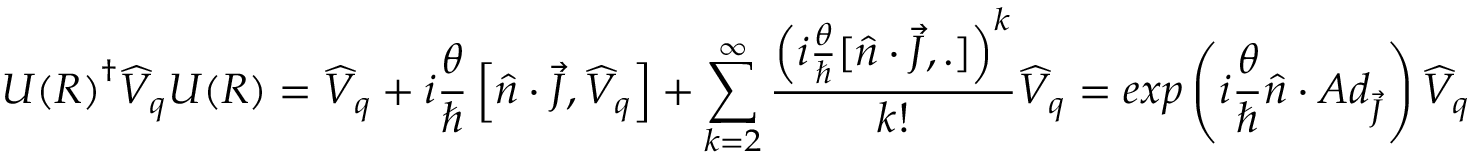
{ U ( R ) } ^ { \dagger } { \widehat { V } } _ { q } U ( R ) = { \widehat { V } } _ { q } + i { \frac { \theta } { \hbar } } \left[ { \hat { n } } \cdot { \vec { J } } , { \widehat { V } } _ { q } \right] + \sum _ { k = 2 } ^ { \infty } { \frac { \left( i { \frac { \theta } { \hbar } } [ { \hat { n } } \cdot { \vec { J } } , . ] \right) ^ { k } } { k ! } } { \widehat { V } } _ { q } = e x p \left( { i { \frac { \theta } { \hbar } } { \hat { n } } \cdot A d _ { \vec { J } } } \right) { \widehat { V } } _ { q }